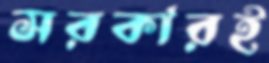
সরকারই